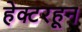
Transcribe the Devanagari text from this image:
हेक्टरहून